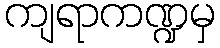
ကျရာကဏ္ဍမှ